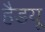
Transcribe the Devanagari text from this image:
हैडयू